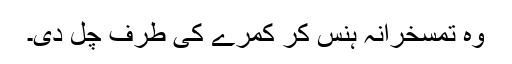
وہ تمسخرانہ ہنس کر کمرے کی طرف چل دی۔